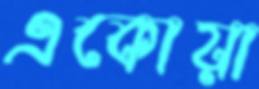
একোয়া